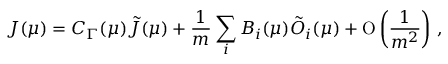
J ( \mu ) = C _ { \Gamma } ( \mu ) \tilde { J } ( \mu ) + \frac 1 { m } \sum _ { i } B _ { i } ( \mu ) \tilde { O } _ { i } ( \mu ) + \mathrm { O } \left( \frac 1 { m ^ { 2 } } \right) \, ,